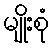
မျိုးစုံ